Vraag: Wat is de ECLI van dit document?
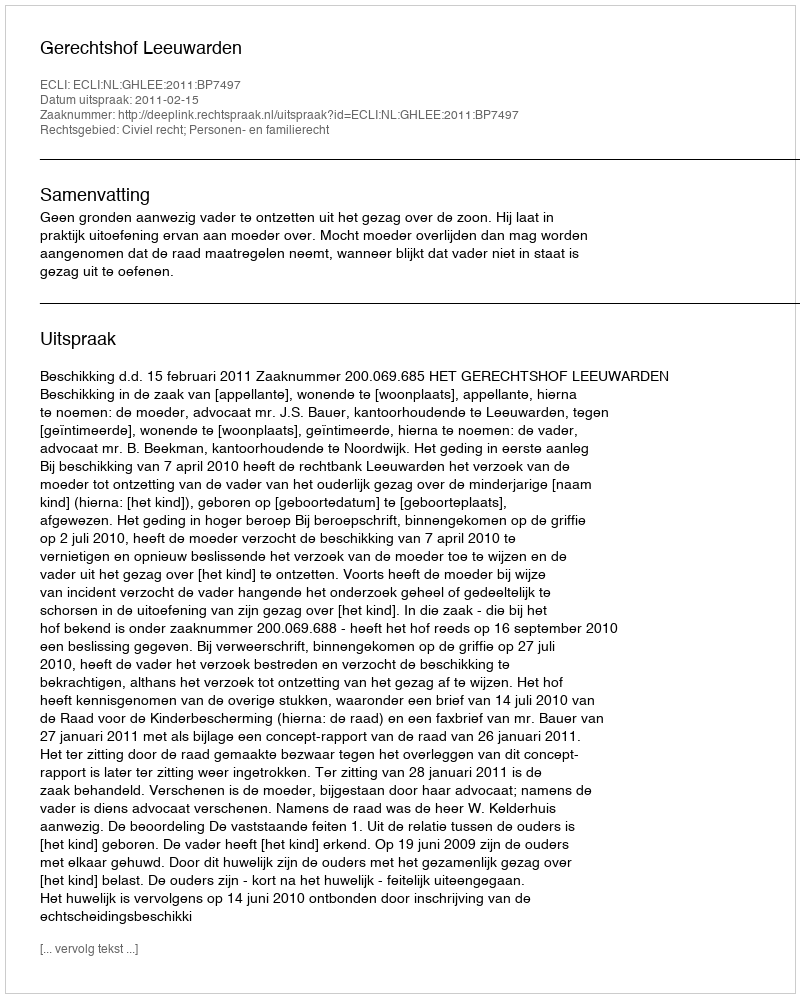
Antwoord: ECLI:NL:GHLEE:2011:BP7497